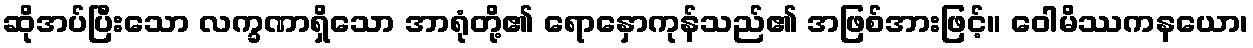
ဆိုအပ်ပြီးသော လက္ခဏာရှိသော အာရုံတို့၏ ရောနှောကုန်သည်၏ အဖြစ်အားဖြင့်။ ဝေါမိဿကနယော၊